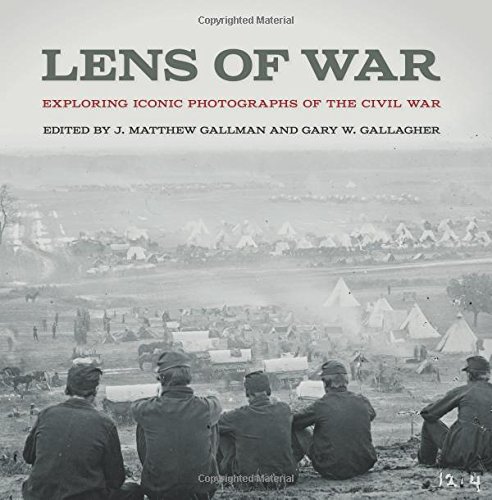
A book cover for Lens of War: Exploring Iconic Photographs of the Civil War (Uncivil Wars); Arts & Photography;